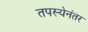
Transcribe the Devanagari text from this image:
तपस्येनंतर